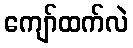
ကျော်ထက်လဲ